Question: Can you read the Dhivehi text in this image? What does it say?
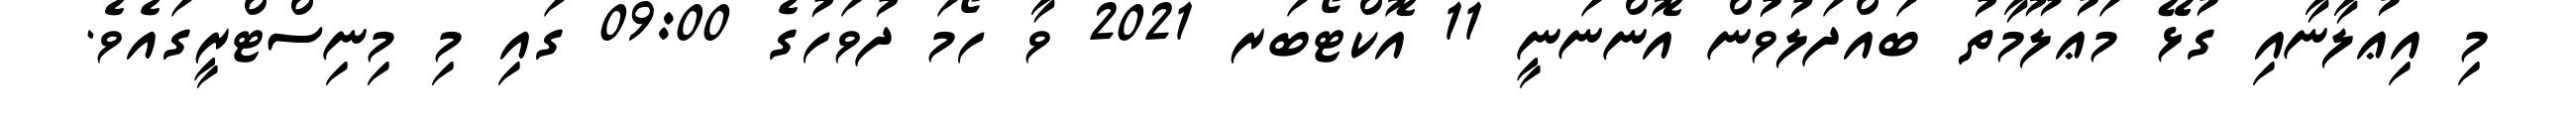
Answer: މި އިޢުލާނާއި ގުޅޭ މަޢުލޫމާތު ބައްދަލުވުން އޮންނަނީ 11 އޮކްޓޯބަރ 2021 ވާ ހޯމަ ދުވަހުގެ 09:00 ގައި މި މިނިސްޓްރީގައެވެ.